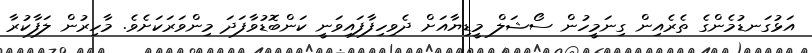
އަޅުގަނޑުމެންގެ ތެރެއިން ގިނަމީހުން ސޯޝަލް މީޑިޔާއަށް ދެވިހިފާފައިވަނީ ކަންބޮޑުވާފަދަ މިންވަރަކަށެވެ. މާހިރުން ލަފާކުރާ